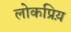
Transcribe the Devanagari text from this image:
लोकप्रिय़